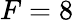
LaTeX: F=8